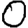
Digit: 0